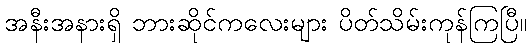
အနီးအနားရှိ ဘားဆိုင်ကလေးများ ပိတ်သိမ်းကုန်ကြပြီ။